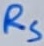
Text: RS